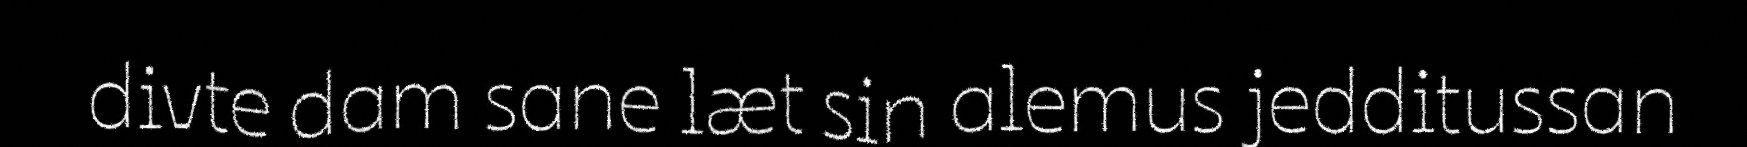
divte dam sane læt sin alemus jedditussan